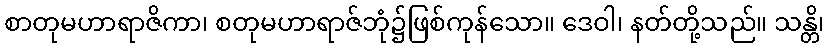
စာတုမဟာရာဇိကာ၊ စတုမဟာရာဇ်ဘုံ၌ဖြစ်ကုန်သော။ ဒေဝါ၊ နတ်တို့သည်။ သန္တိ၊